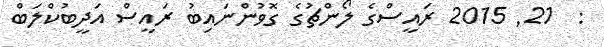
:  21